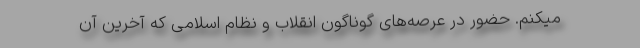
میکنم. حضور در عرصه‌های گوناگون انقلاب و نظام اسلامی که آخرین آن